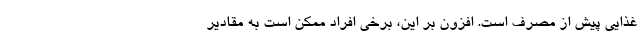
غذايي پيش از مصرف است. افزون بر اين، برخي افراد ممكن است به مقادير